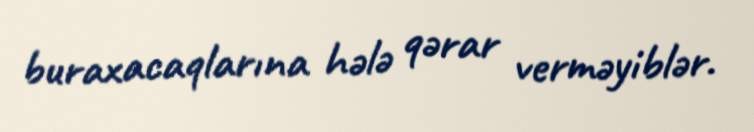
buraxacaqlarına hələ qərar verməyiblər.